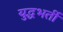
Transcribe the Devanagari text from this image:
युद्धभर्ती